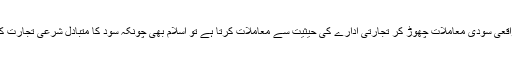
کیونکہ بینک اگر واقعی سودی معاملات چھوڑ کر تجارتی ادارے کی حیثیت سے معاملات کرتا ہے تو اسلام بھی چونکہ سود کا متبادل شرعی تجارت کو ہی قرار دیتا ہے۔